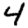
Digit: 4